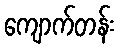
ကျောက်တန်း